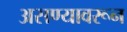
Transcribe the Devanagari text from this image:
असण्यावरून